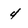
Character: 4